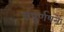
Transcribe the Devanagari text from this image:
संपूर्णपने